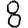
Digit: 8